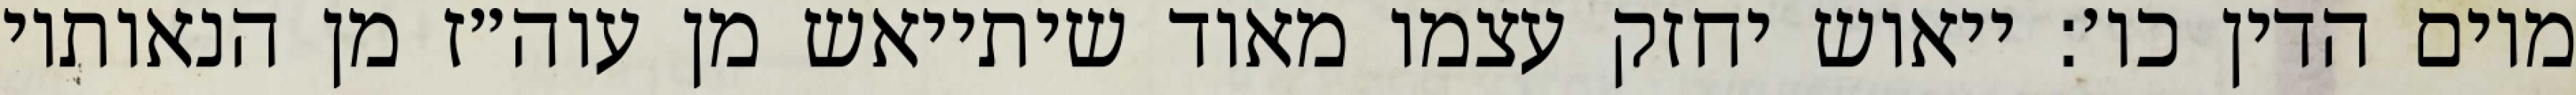
מיום הדין כו׳: ייאוש יחזק עצמו מאוד שיתייאש מן עוה״ז מן הנאותיו